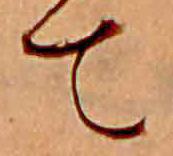
て